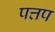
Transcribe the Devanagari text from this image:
पत्तप